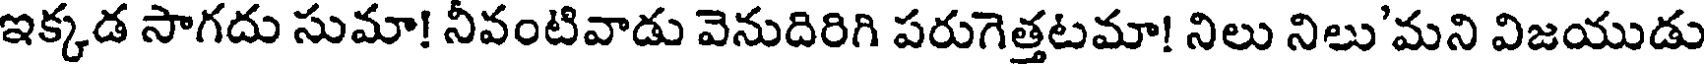
ఇక్కడ సాగదు సుమా! నీవంటివాడు వెనుదిరిగి పరుగెత్తటమా! నిలు నిలు'మని విజయుడు